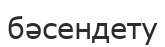
бәсендету